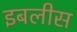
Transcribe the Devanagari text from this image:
इबलीस